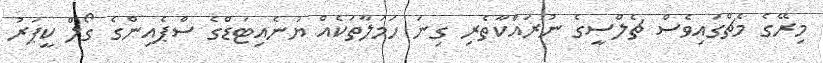
މިރޭގެ މެޗްގައިވެސް ޗެލްސީގެ ނުރައްކާތެރި ގިނަ ހަމަލާތަކެއް ޔުނެއިޓަޑްގެ ސްޕެއިންގެ ގޯލް ކީޕަރު